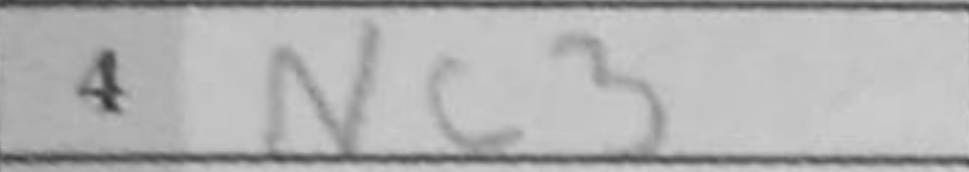
Transcription: Nc3